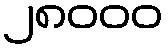
၂၈၀၀၀